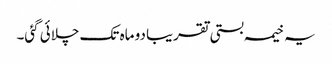
یہ خیمہ بستی تقریبا دو ماہ تک چلائی گئی۔